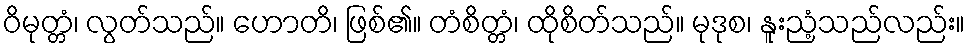
ဝိမုတ္တံ၊ လွတ်သည်။ ဟောတိ၊ ဖြစ်၏။ တံစိတ္တံ၊ ထိုစိတ်သည်။ မုဒုစ၊ နူးညံ့သည်လည်း။